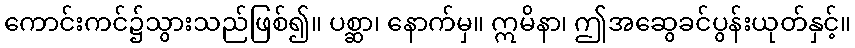
ကောင်းကင်၌သွားသည်ဖြစ်၍။ ပစ္ဆာ၊ နောက်မှ။ ဣမိနာ၊ ဤအဆွေခင်ပွန်းယုတ်နှင့်။